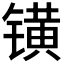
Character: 𨱑